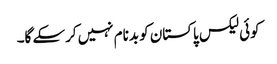
کوئی لیکس پاکستان کو بدنام نہیں کرسکے گا۔